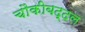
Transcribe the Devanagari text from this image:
चौकीबद्दल